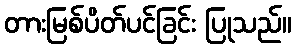
တားမြစ်ပိတ်ပင်ခြင်း ပြုသည်။